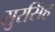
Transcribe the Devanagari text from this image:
सुरसिंह